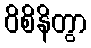
ဝိစိနိတွာ